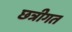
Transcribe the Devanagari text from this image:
छत्रीगत